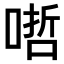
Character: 𠹗